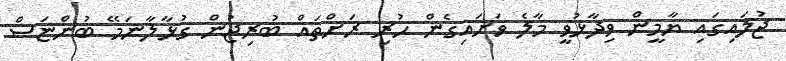
ޖުލައިގައި ޔާމީން ވިދާޅުވީ މާލެ ވަށައިގެން ހުރި ރަށްތައް ބުރިޖުން ގުޅާލާނަމޭ ބުންޏަސް